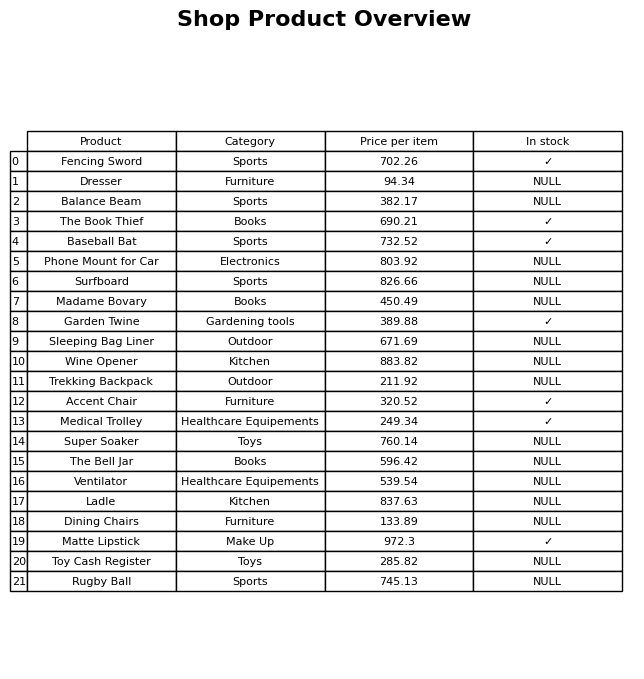
question: What is the price for Baseball Bat?
answer: The price of Baseball Bat is 732.52.